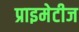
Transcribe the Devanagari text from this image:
प्राइमेटीज